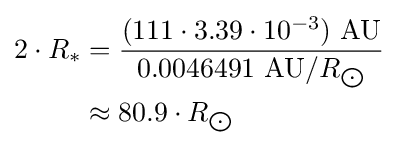
{\begin{aligned}2\cdot R_{*}&={\frac {(111\cdot 3.39\cdot 10^{-3})\ {\text{AU}}}{0.0046491\ {\text{AU}}/R_{\bigodot }}}\\&\approx 80.9\cdot R_{\bigodot }\end{aligned}}